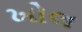
ખોલ